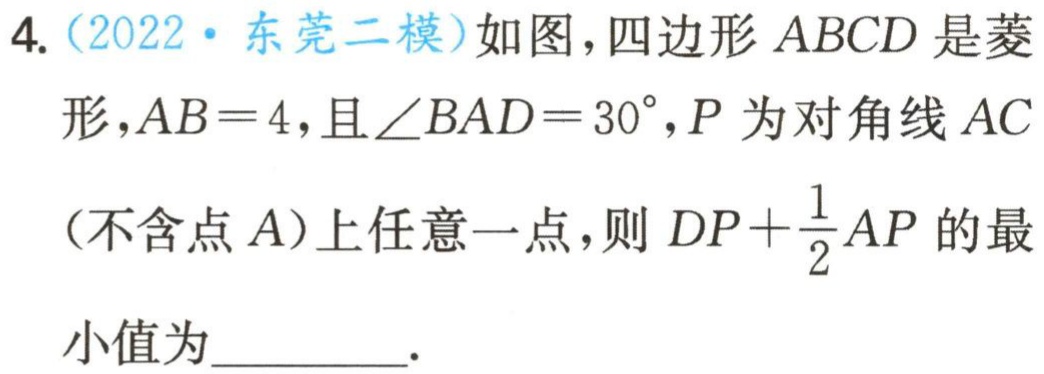
4.（2022·东莞二模）如图，四边形 \(ABCD\) 是菱形，\(AB = 4\)，且 \(\angle BAD=30^{\circ}\)，\(P\) 为对角线 \(AC\)（不含点 \(A\)）上任意一点，则 \(DP+\frac{1}{2}AP\) 的最小值为  。